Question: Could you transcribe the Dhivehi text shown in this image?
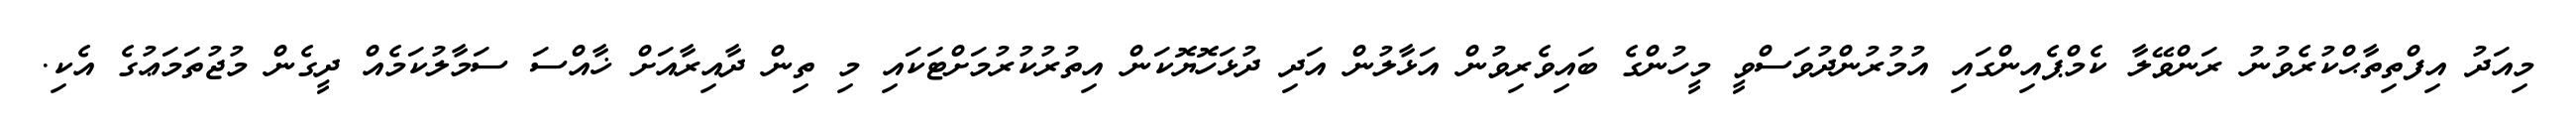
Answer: މިއަދު އިފްތިތާޙްކުރެވުނު ރަންވޭލާ ކެމްޕެއިންގައި އުމުރުންދުވަސްވީ މީހުންގެ ބައިވެރިވުން އަޅާލުން އަދި ދުޅަހޮޔޮކަން އިތުރުކުރުމަށްޓަކައި މި ތިން ދާއިރާއަށް ޚާއްސަ ސަމާލުކަމެއް ދީގެން މުޖުތަމަޢުގެ އެކި.